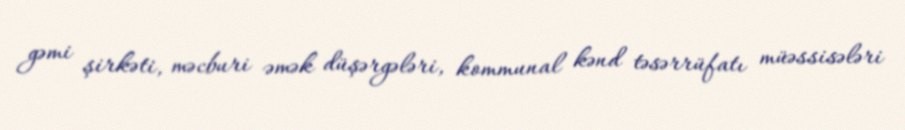
gəmi şirkəti, məcburi əmək düşərgələri, kommunal kənd təsərrüfatı müəssisələri